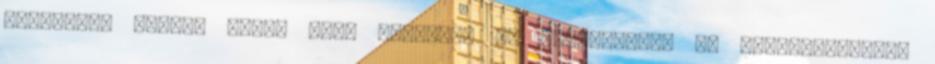
mértékben vissza tudja majd szerezni az ellenőrzést az EU-bevándorlás